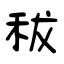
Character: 秡